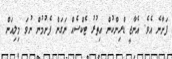
ފަށާނެ އެވެ. އެނާޖީ ޑްރިންކުން އިތުރު ޓެކްސެއް ނަގަން ފެށުމުން ނުވަ މިލިއަން